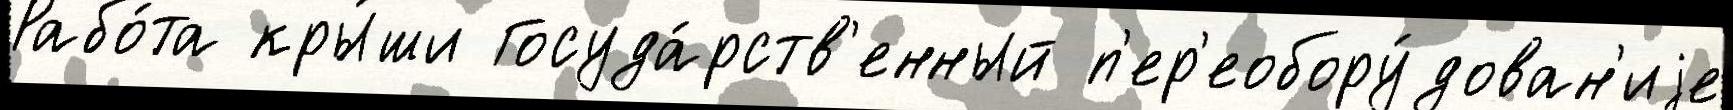
Рабо́та кры́ши Госуда́рств'енный п'ер'еобору́дован'иjе